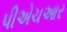
પીએચઆર